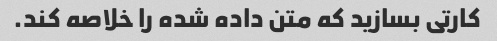
کارتی بسازید که متن داده شده را خلاصه کند.